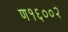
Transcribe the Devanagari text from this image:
ण१६००२